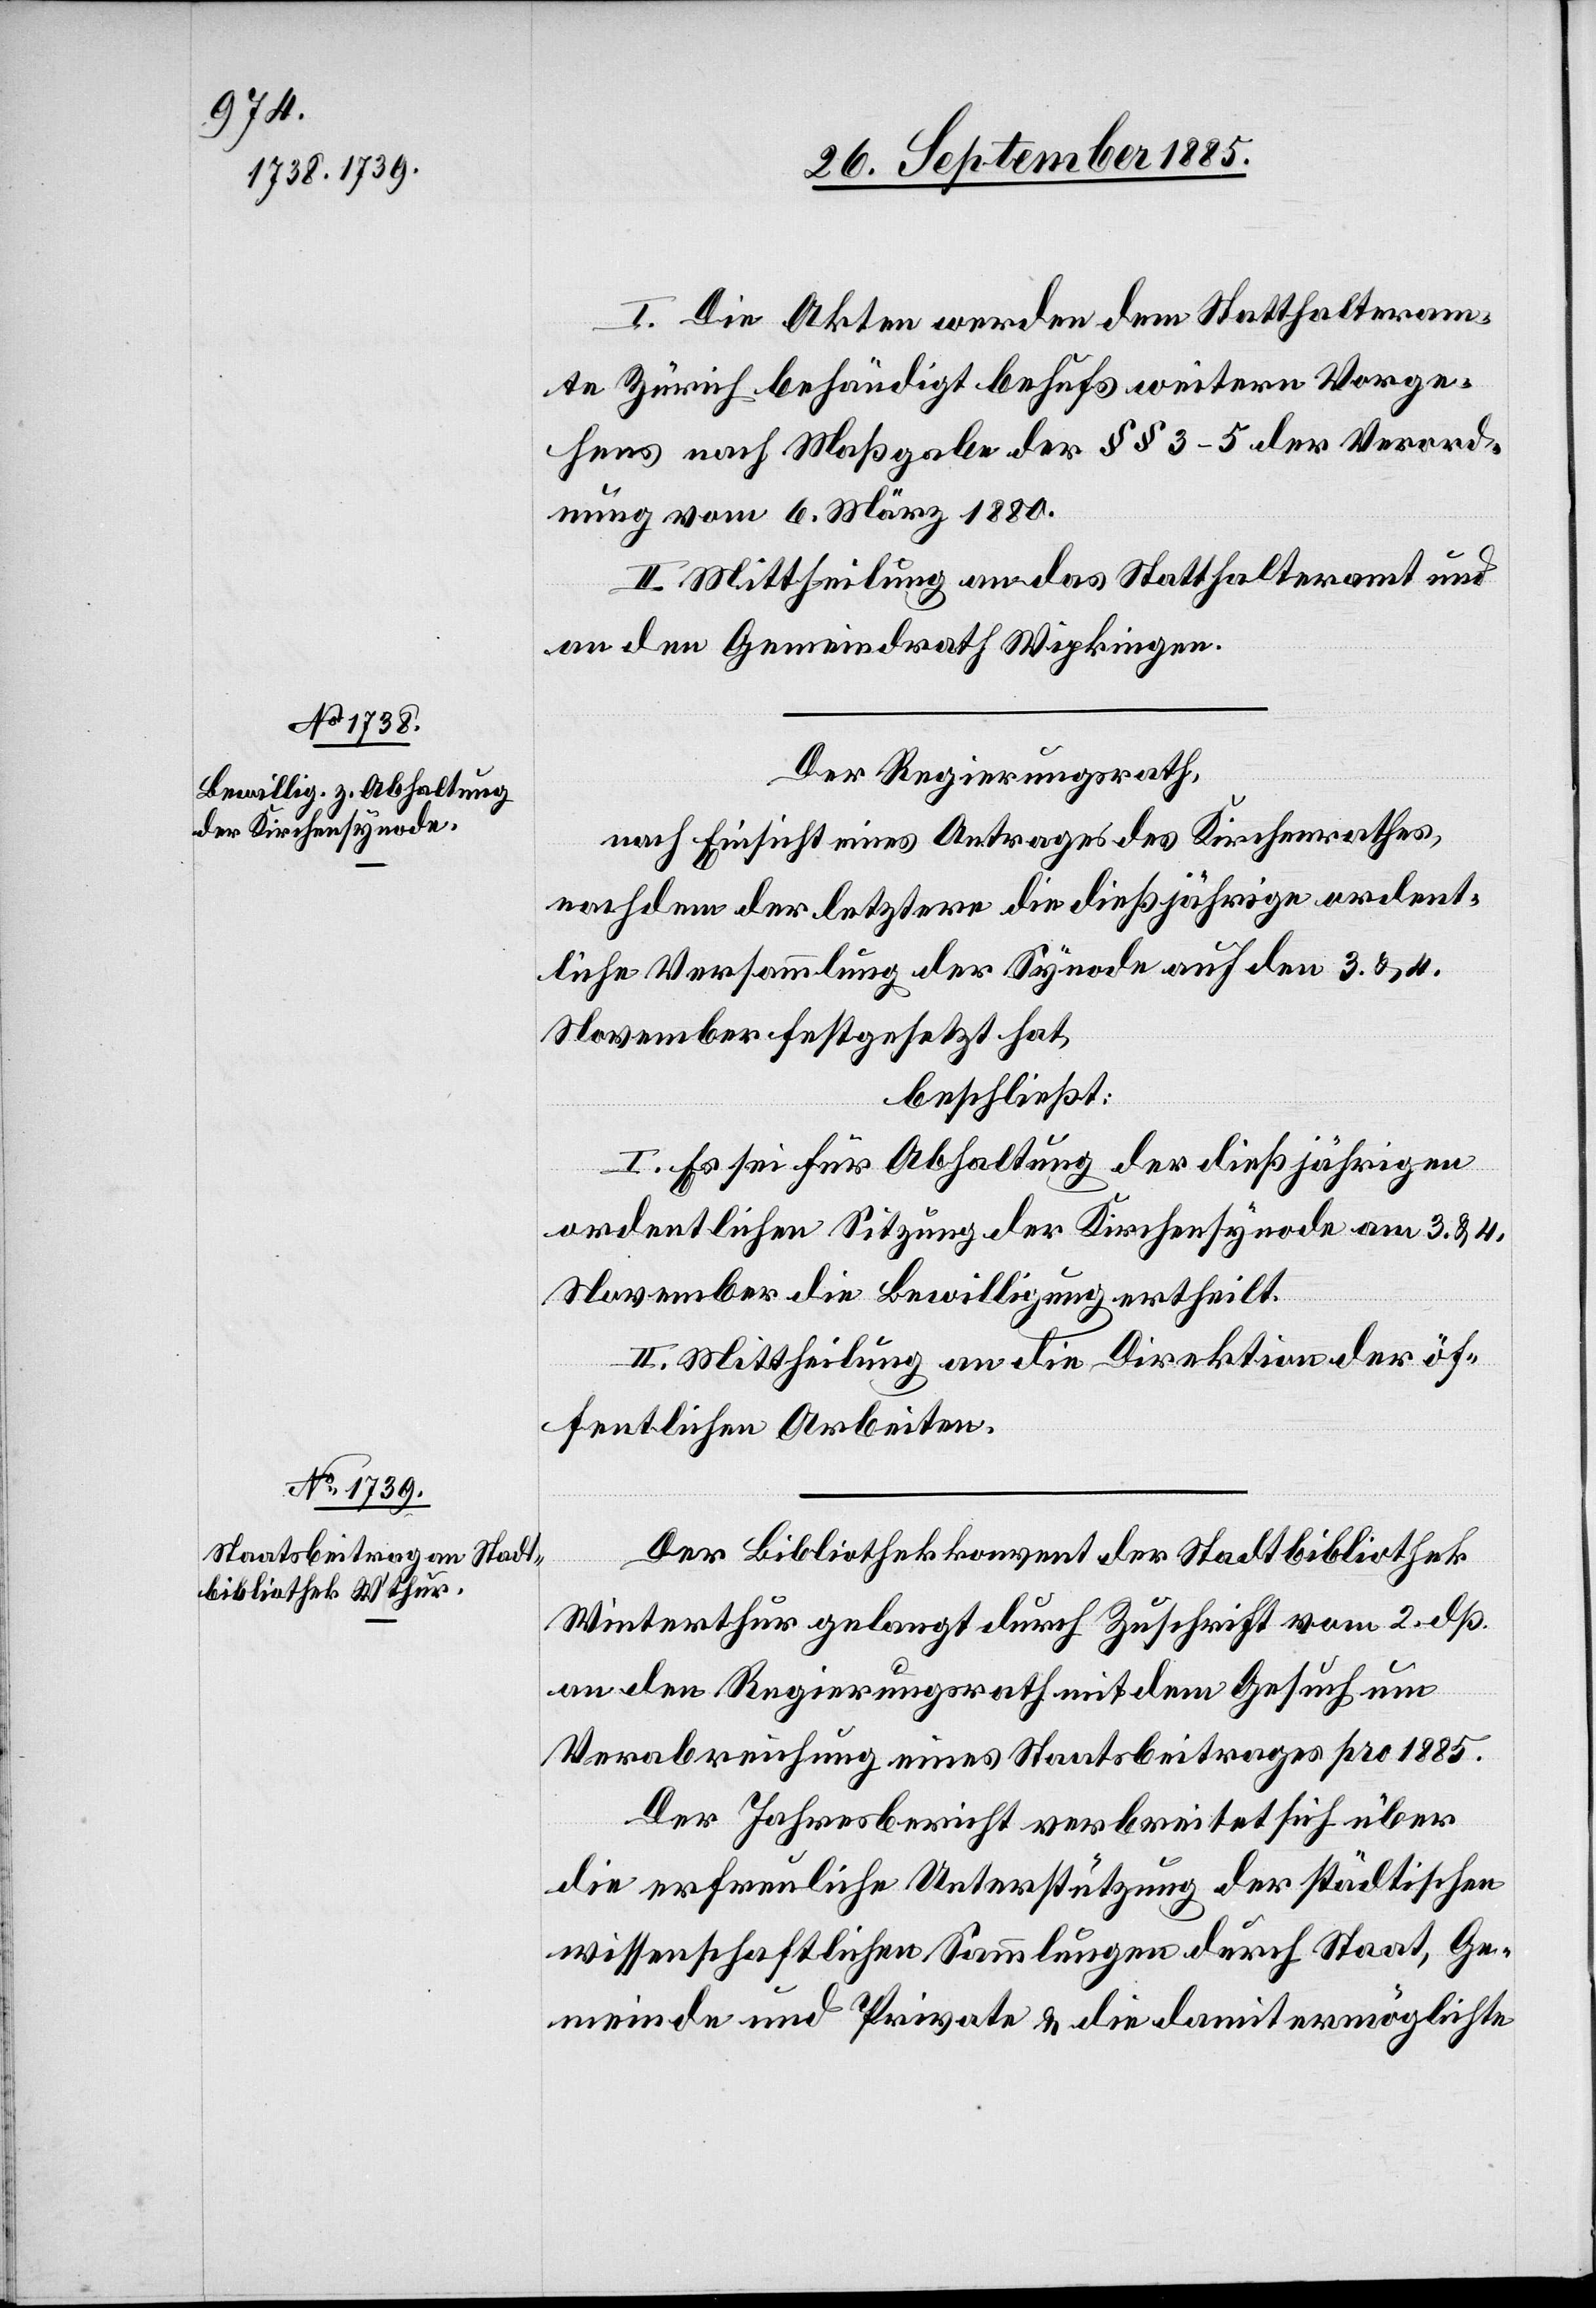
I. Die Akten werden dem Statthalteram¬
te Zürich behändigt behufs weitern Vorge¬
hens nach Maßgabe der §§ 3–5 der Verord¬
nung vom 6. März 1880.
II. Mittheilung an das Statthalteramt und
an den Gemeindrath Wipkingen.
Der Regierungsrath,
nach Einsicht eines Antrages des Kirchenrathes,
nachdem der letztere die dießjährige ordent¬
liche Versammlung der Synode auf den 3. & 4.
November festgesetzt hat,
beschließt:
I. Es sei für Abhaltung der dießjährigen
ordentlichen Sitzung der Kirchensynode am 3. & 4.
November die Bewilligung ertheilt.
II. Mittheilung an die Direktion der öf¬
fentlichen Arbeiten.
Der Bibliothekkonvent der Stadtbibliothek
Winterthur gelangt durch Zuschrift vom 2. dß
an den Regierungsrath mit dem Gesuch um
Verabreichung eines Staatsbeitrages pro 1885.
Der Jahresbericht verbreitet sich über
die erfreuliche Unterstützung der städtischen
wissenschaftlichen Sammlungen durch Staat, Ge¬
meinde und Private & die damit ermöglichte